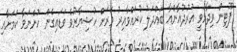
ޕޫޓިން ވިދާޅުވީ އުރުދުޣާންއާ ބައްދަލު ކުރައްވާއިރު ވަރަށް ހުޝިޔާރުވެ ވަޑައިގެން ހުންނަވާ ކަމަށާއި